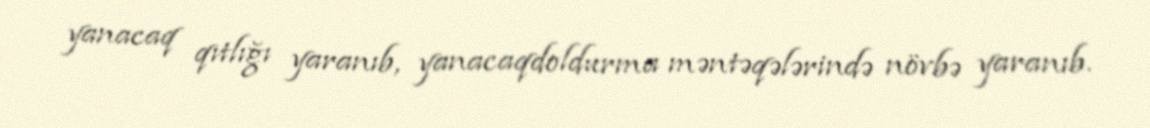
yanacaq qıtlığı yaranıb, yanacaqdoldurma məntəqələrində növbə yaranıb.